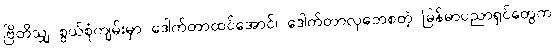
ဗြိတိသျှ စွယ်စုံကျမ်းမှာ ဒေါက်တာထင်အောင်၊ ဒေါက်တာလှဘေစတဲ့ မြန်မာပညာရှင်တွေက